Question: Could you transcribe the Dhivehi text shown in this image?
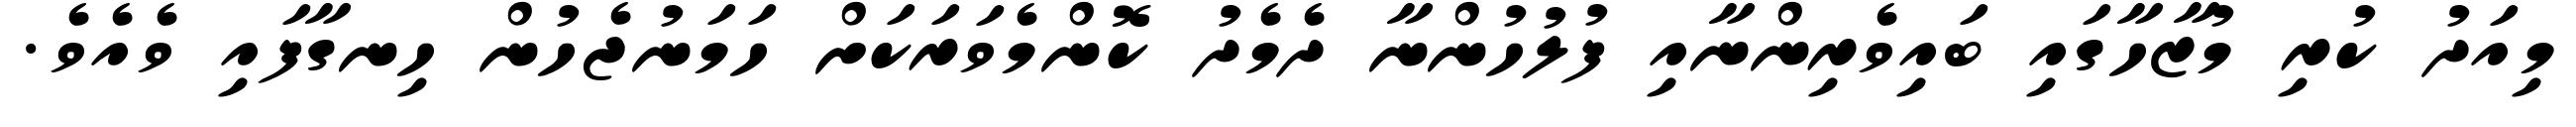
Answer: މިއަދު ކުރި މުޒާހާގައި ބައިވެރިންނާއި ފުލުހުންނާ ދެމެދު ކޮންމެވަރަކަށް ހަމަނުޖެހުން ހިނގާފައި ވެއެވެ.